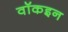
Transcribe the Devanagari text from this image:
वॉकइन